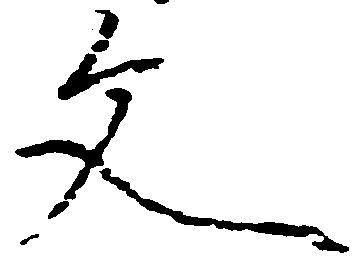
文